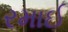
રમાઈ